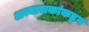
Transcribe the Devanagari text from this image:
अभ्यासकांकडून